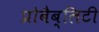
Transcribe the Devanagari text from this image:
प्रोबैब्लिटी